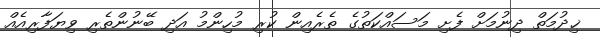
ޚިދުމަތް ދިނުމަށް ފެށި މަސައްކަތުގެ ތެރެއިން ކުރި މުހިންމު އަދި ބޭނުންތެރި ވިޔަފާރިއެއް